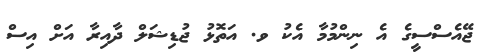
ޖޭއެސްސީގެ އެ ނިންމުމާ އެކު ވ. އަތޮޅު ޖުޑިޝަލް ދާއިރާ އަށް އިސް